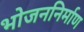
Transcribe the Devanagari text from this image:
भोजननिर्माण